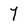
Character: l